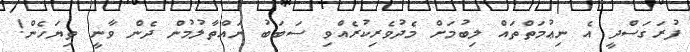
ފުރަގަސްދީ އެ ނިޢުމަތްތައް ލިބުމަށް މެދުވެރިކުރެއްވި ސަބަބު ނައްތާލުމުން ދެން ވާނީ ތިޔަހެން!